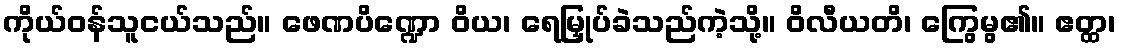
ကိုယ်ဝန်သူငယ်သည်။ ဖေဏပိဏ္ဍော ဝိယ၊ ရေမြှုပ်ခဲသည်ကဲ့သို့။ ဝိလီယတိ၊ ကြွေမွ၏။ ဧတ္ထ၊